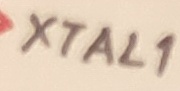
Text: XTAL1